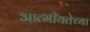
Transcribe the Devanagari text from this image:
आत्मीयतेच्या